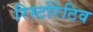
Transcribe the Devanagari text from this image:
रिस्टोरेटिव